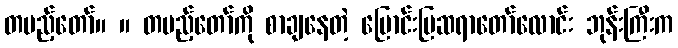
တပည့်တော်။ ။ တပည့်တော်ကို စာချနေတဲ့ မြောင်းမြဆရာတော်လောင်း ဘုန်းကြီးက